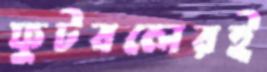
ফুটবলেরই